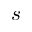
s